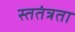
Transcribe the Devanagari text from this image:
स्ततंत्रता